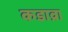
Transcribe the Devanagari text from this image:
कडाव्रा